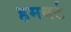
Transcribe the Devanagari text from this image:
हमबर्ट